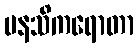
မနသိကရောတာ